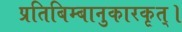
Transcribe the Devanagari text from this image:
प्रतिबिम्बानुकारकृत्‌।